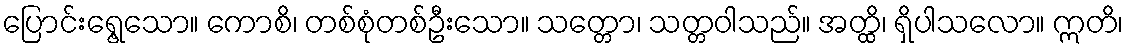
ပြောင်းရွေ့သော။ ကောစိ၊ တစ်စုံတစ်ဦးသော။ သတ္တော၊ သတ္တဝါသည်။ အတ္ထိ၊ ရှိပါသလော။ ဣတိ၊